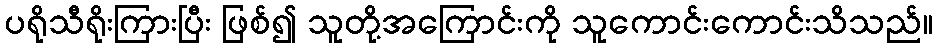
ပရိုသီရိုးကြားပြီး ဖြစ်၍ သူတို့အကြောင်းကို သူကောင်းကောင်းသိသည်။